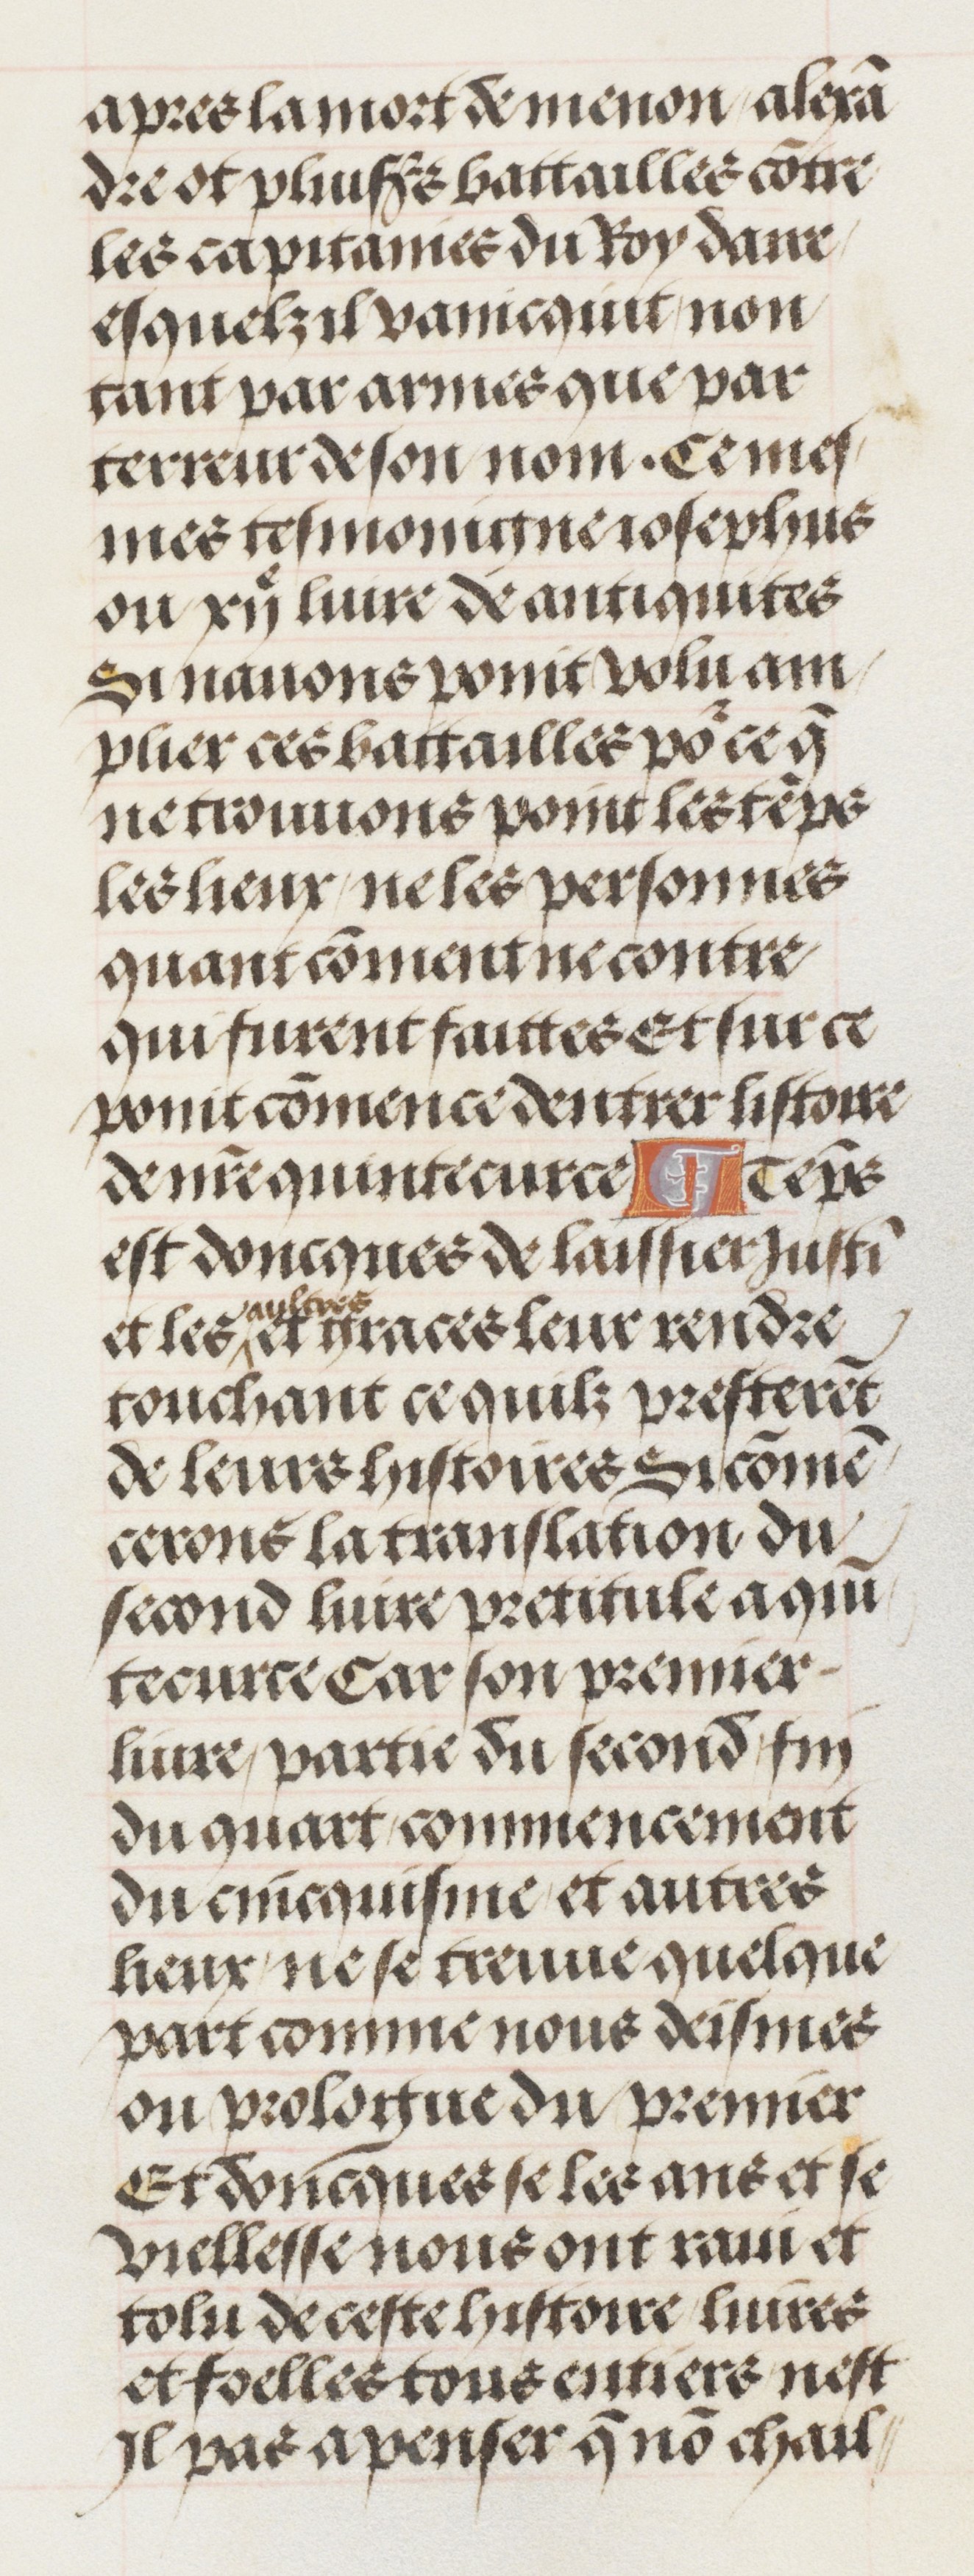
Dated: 1460–1515